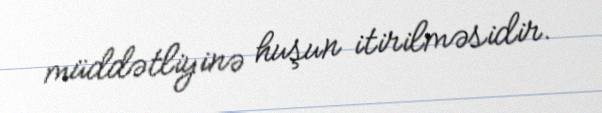
müddətliyinə huşun itirilməsidir.